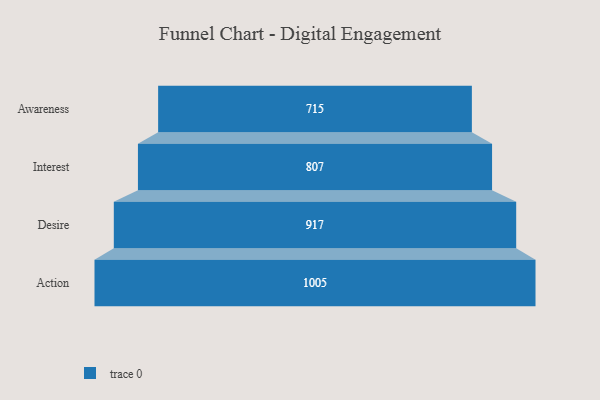
{"axis": {"x": "Stage", "y": "Value"}, "legend": [""], "data": [{"x": "Awareness", "y": 715.0, "type": ""}, {"x": "Interest", "y": 807.0, "type": ""}, {"x": "Desire", "y": 917.0, "type": ""}, {"x": "Action", "y": 1005.0, "type": ""}]}